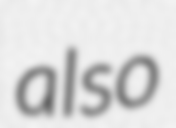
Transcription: also